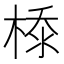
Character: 𣕊